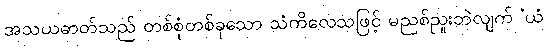
အသယဓာတ်သည် တစ်စုံတစ်ခုသော သံကိလေသဖြင့် မညစ်ညူးဘဲလျက် ‘ယံ